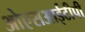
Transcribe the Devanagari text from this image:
ओएसआईटीपी